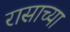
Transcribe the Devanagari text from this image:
रासाच्या